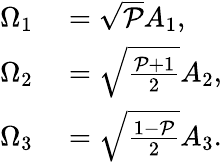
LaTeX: \begin{array}{rl}{\Omega_{1}}&{{}=\sqrt{\mathcal{P}}A_{1},}\\ {\Omega_{2}}&{{}=\sqrt{\frac{\mathcal{P}+1}{2}}A_{2},}\\ {\Omega_{3}}&{{}=\sqrt{\frac{1-\mathcal{P}}{2}}A_{3}.}\end{array}